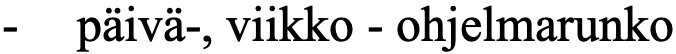
-  päivä-, viikko - ohjelmarunko